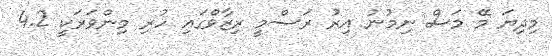
މިދިޔަ މޭ މަސް ނިމުނު އިރު ރަސްމީ ރިޒާވްގައި ހުރި މިންވަރަކީ 4.2